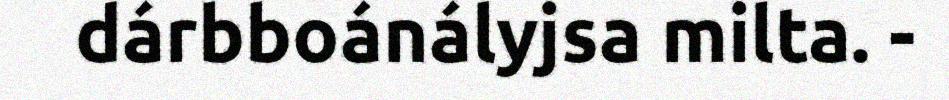
dárbboánályjsa milta. -